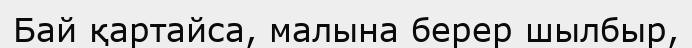
Бай қартайса, малына берер шылбыр,